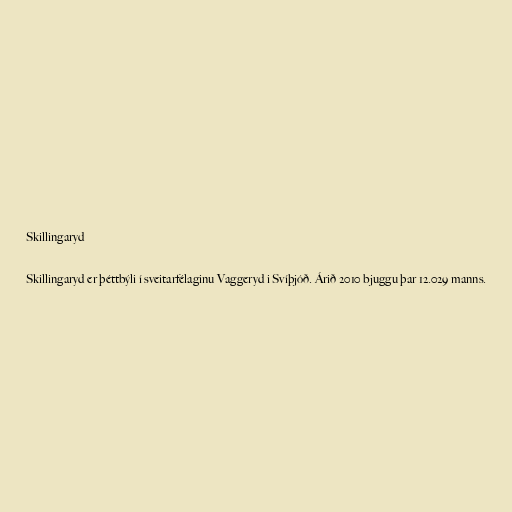
Skillingaryd

Skillingaryd er þéttbýli í sveitarfélaginu Vaggeryd i Svíþjóð. Árið 2010 bjuggu þar 12.029 manns.